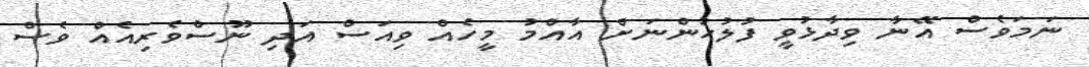
ނަމަވެސް އޭނާ ވިދާޅުވީ ފުލުހުންނަށް އާއްމު މީހެއް ވިއަސް އަދި ނޫސްވެރިއެއް ވެސް